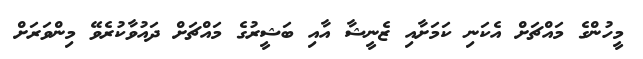
މީހުންގެ މައްޗަށް އެކަނި ކަމަށާއި ޒެނީޝާ އާއި ބަޝީރުގެ މައްޗަށް ދައުވާކުރެވޭ މިންވަރަށް